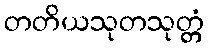
တတိယသုတသုတ္တံ